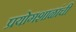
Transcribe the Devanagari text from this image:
प्रयोगशाळांची